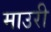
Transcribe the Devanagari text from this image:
माउरी